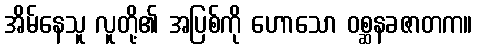
အိမ်နေသူ လူတို့၏ အပြစ်ကို ဟောသော ဝစ္ဆနခဇာတက။